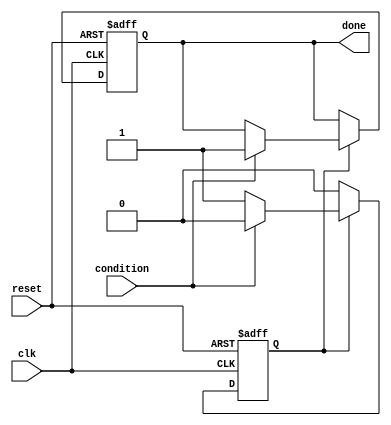
module conditional_wait (
    input wire clk,            // Clock signal
    input wire reset,          // Reset signal
    input wire condition,      // Condition signal to wait for
    output reg done           // Output signal indicating the wait is over
);

    // State variable to indicate if we are waiting
    reg waiting;

    // Always block to handle the conditional wait
    always @(posedge clk or posedge reset) begin
        if (reset) begin
            done <= 0;         // Reset the done signal
            waiting <= 1;      // Start in waiting state
        end else if (waiting) begin
            if (condition) begin
                waiting <= 0;  // Condition met, exit waiting state
                done <= 1;     // Indicate that waiting is done
            end
            // If condition is not met, stay in waiting state
        end
    end
endmodule